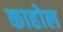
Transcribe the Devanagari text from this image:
काहोल